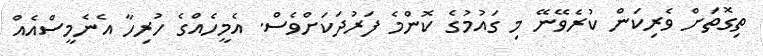
ތިގޮތަށް ވެރިކަން ކުރެވޭނޭ މި ގައުމުގެ ކޮންމެ ފަރުދަކަށްވެސް. އެމީހެއްގެ ހުރިހާ އެނެމީސްއެއް